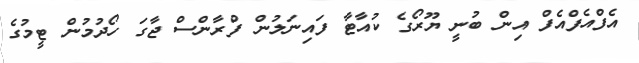
އެފްއެފްއެފް އިން ބުނީ ޔޫރޯގެ ކުއާޓާ ފައިނަލުން ފްރާންސް ޖާގަ ހޯދުމުން ޓީމުގެ